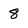
Character: 8